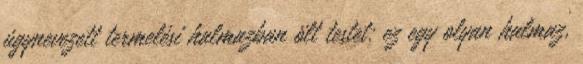
úgynevezett termelési halmazban ölt testet: ez egy olyan halmaz,